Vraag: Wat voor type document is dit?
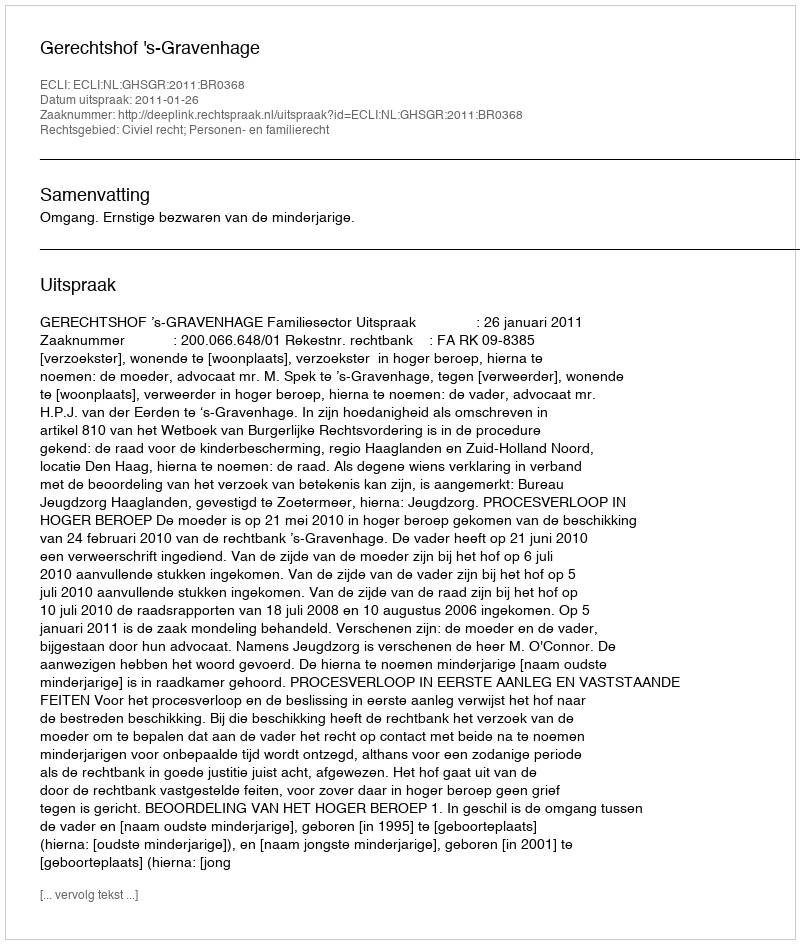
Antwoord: Uitspraak